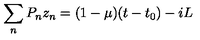
\sum _ { n } P _ { n } z _ { n } = ( 1 - \mu ) ( t - t _ { 0 } ) - i L